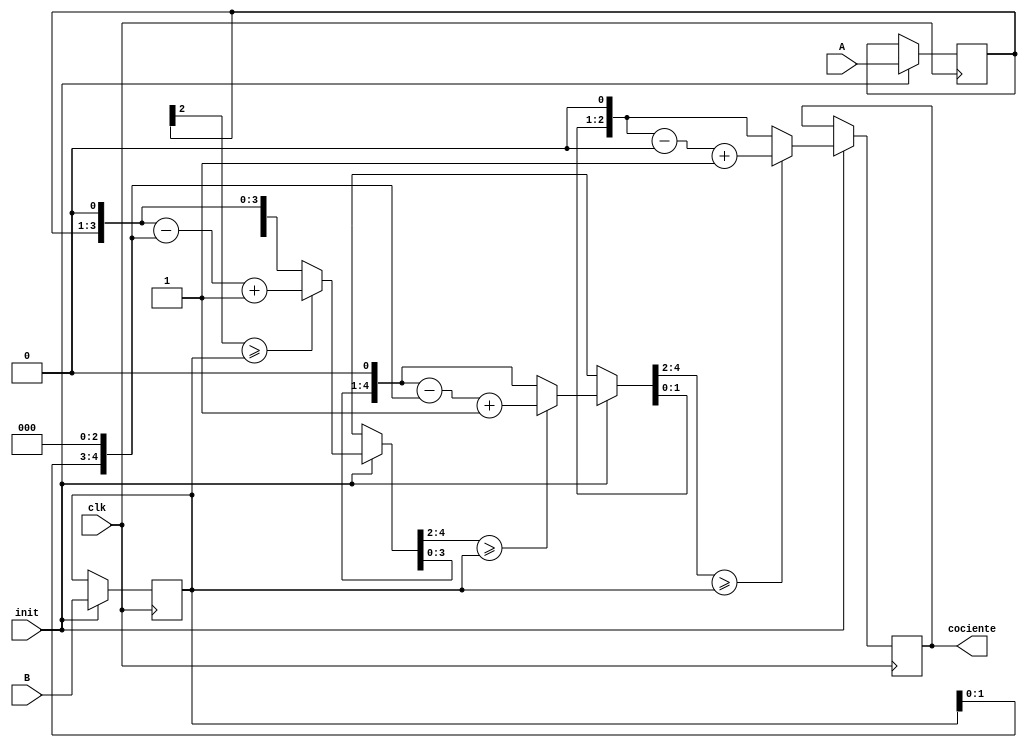
`timescale 1ns / 1ps
module divisor
(
input [2:0] A,               //Diviendo
input [2:0] B,               //Divisor
input clk,
input init,
output reg [2:0] cociente   //Cociente
//output reg [2:0] residuo    //Residuo
);

reg[2:0] ina;
reg[2:0] inb;
reg[5:0] temp_a;
reg[5:0] temp_b;

integer i;

always @(posedge clk)    //Carga los datos a utilizar para trabajar una vez si alguna de las entradas varan
begin
    if(init) begin
    ina <= A;
    inb <= B;
    /*end
end

always @(ina || inb) //Posible problema, como no es sncrono con reloj no le enva el cociente a tiempo a la ALU y esta muestra ?000 en la salida de depuracin "visualizar"
begin*/
    temp_a = {3'h0,ina};
    temp_b = {inb,3'h0};
    for(i = 0;i < 3;i = i + 1)
        begin
            temp_a = temp_a << 1;
            if(temp_a[5:3] >= inb)
                temp_a = temp_a - temp_b + 1'b1;
            else
				temp_a = temp_a;
        end

    cociente <= temp_a[2:0];
    //residuo <= temp_a[5:3];
    end
end

endmodule